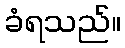
ခံရသည်။